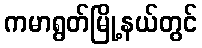
ကမာရွတ်မြို့နယ်တွင်